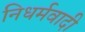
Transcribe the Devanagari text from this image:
निधर्मवादी